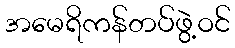
အမေရိကန်တပ်ဖွဲ့ဝင်